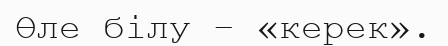
Өле білу – «керек».